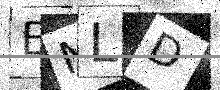
Text: ENLD